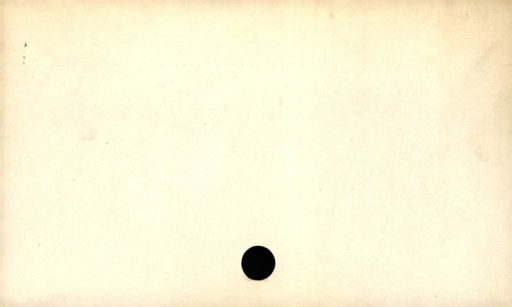
Label: blank